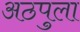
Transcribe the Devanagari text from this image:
अठपुला